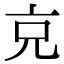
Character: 𠑽